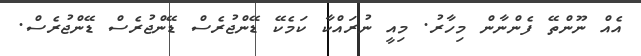
އެއް ނޫންތޭ ފެންނާން މިހާރު. މިއީ ނުރައްކާ ކަމެކޭ ޑޭންޖުރެސް ޑޭންޖުރެސް ޑޭންޖުރެސް.